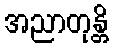
အညာတုန္တိ